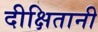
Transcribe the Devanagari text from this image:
दीक्षितानी